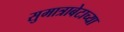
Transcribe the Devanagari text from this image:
सुमात्राबेटाच्या